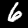
Digit: 6